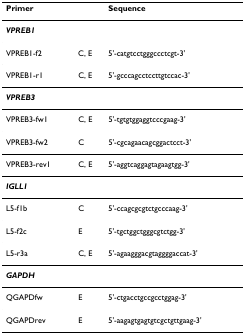
| Primer |  | Sequence |
 | --- | --- | --- |
 | VPREB1 |  |  |
 | VPREB1-f2 | C, E | 5'-catgtcctgggccctcgt-3' |
 | VPREB1-r1 | C, E | 5'-gcccagcctccttgtccac-3' |
 | VPREB3 |  |  |
 | VPREB3-fw1 | C, E | 5'-tgtgtggaggtcccgaag-3' |
 | VPREB3-fw2 | C | 5'-cgcagaacagcggactcct-3' |
 | VPREB3-rev1 | C, E | 5'-aggtcaggagtagaagtgg-3' |
 | IGLL1 |  |  |
 | L5-f1b | C | 5'-ccagcgcgtctgcccaag-3' |
 | L5-f2c | E | 5'-tgctggctgggcgtctgg-3' |
 | L5-r3a | C, E | 5'-agaagggacgtaggggaccat-3' |
 | GAPDH |  |  |
 | QGAPDfw | E | 5'-ctgacctgccgcctggag-3' |
 | QGAPDrev | E | 5'-aagagtgagtgtcgctgttgaag-3' |